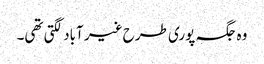
وہ جگہ پوری طرح غیر آباد لگتی تھی۔